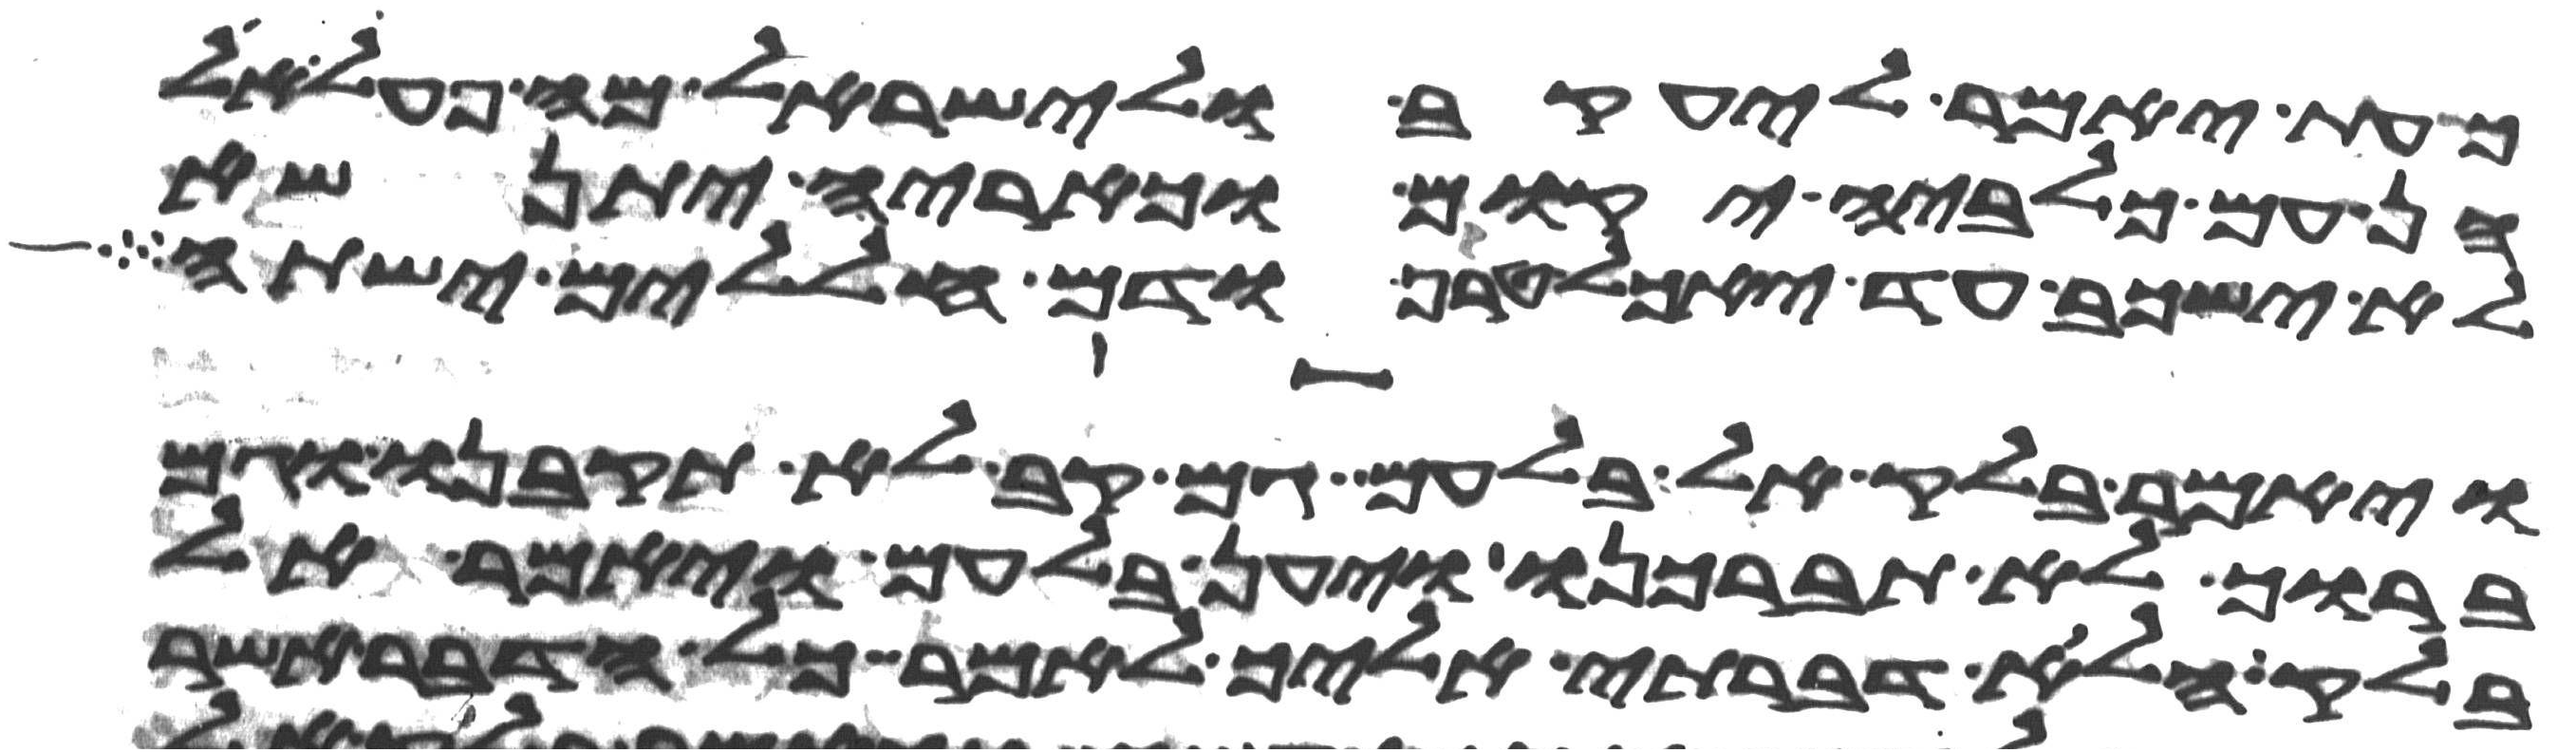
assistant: כעת יאמר ליעקב ולישראל מה פעל אל
הן עם כלביה יקום וכאריה יתנשא
לא ישכב עד יאכל טרף ודם חללים ישתה
ויאמר בלק אל בלעם גם קב לא תקבנו וגם
ברוך לא תברכנו ויען בלעם ויאמר אל
בלק הלוא דברתי אליך לאמר כל הדבר אשר